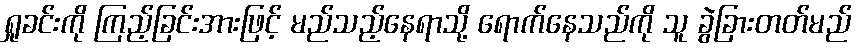
ရှုခင်းကို ကြည့်ခြင်းအားဖြင့် မည်သည့်နေရာသို့ ရောက်နေသည်ကို သူ ခွဲခြားတတ်မည်